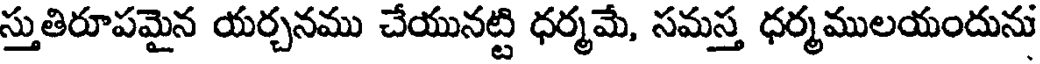
స్తుతిరూపమైన యర్చనము చేయునట్టి ధర్మమే, సమస్త ధర్మములయందును